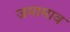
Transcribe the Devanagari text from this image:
जमामाव